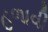
હળાવી